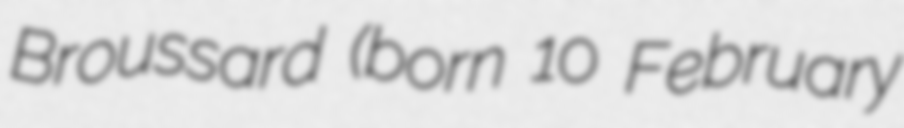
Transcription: Broussard (born 10 February